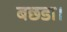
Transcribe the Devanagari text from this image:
बछडा।